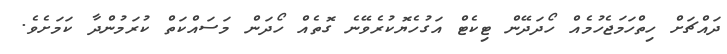
ދައްޗަށް ހިތްހަމަޖެހުމެއް ހޯދަދޭން ޓިކެޓް އަގުހެޔޮކުރެވޭނެ ގޮތެއް ހޯދަން މަސައްކަތް ކުރަމުންދާ ކަމަށެވެ.